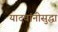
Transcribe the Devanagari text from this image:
यादवांनीसुद्धा